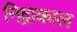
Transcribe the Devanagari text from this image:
निद्राकाल